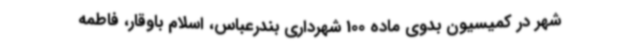
شهر در کمیسیون بدوی ماده 100 شهرداری بندرعباس، اسلام باوقار، فاطمه